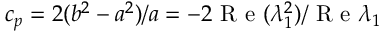
c _ { p } = 2 ( b ^ { 2 } - a ^ { 2 } ) / a = - 2 \mathrm { ~ R ~ e ~ } ( \lambda _ { 1 } ^ { 2 } ) / \mathrm { ~ R ~ e ~ } \lambda _ { 1 }